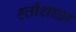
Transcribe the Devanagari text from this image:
हत्तीशाळा